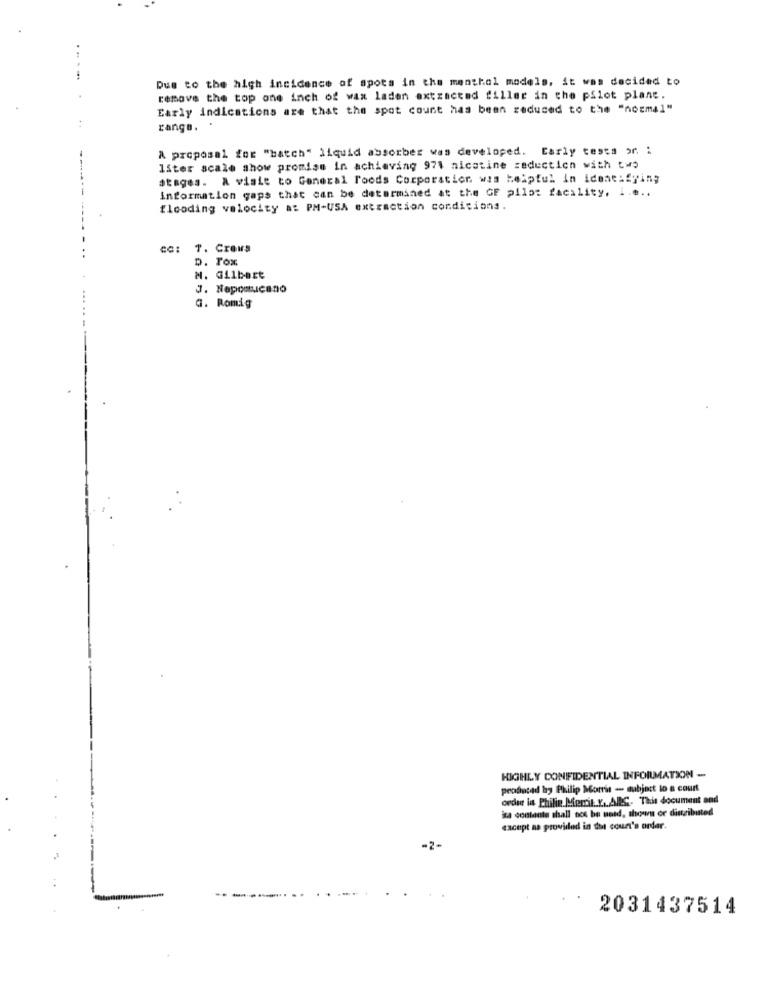
Due to the high incidence of spots in the menthol models, it was decided to
remove the top one inch of wax laden extracted filler in the pilot plant.
Early indications are that the spot count has been reduced to the "normal"
range.
A proposal for "batch" liquid absorber was developed. Carly tests or. :
liter scale show promise in achieving 971 nicotine seduction with two
atages. A visie to General Foods Corporation was helpful in identifying
information gaps that can be determined at the GF pilot facility, i ....
flooding velocity a: PM-USA extraction conditions.
T. Crous
D. FOX
M. Gilbert
J. Nepostucano
G. Romig
HIGHLY CONFIDENTIAL INFORMATION -
produced by Philip Morris -- subject to a court
ceder in Philie Mercit. Y .. ABS. This document and
ice contante shall not be uesd, shown or distributed
except as provided in the coun's order.
-2-
2031437514